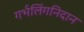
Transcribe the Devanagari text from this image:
गर्भलिंगनिदान